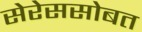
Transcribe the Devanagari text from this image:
सेरेससोबत